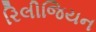
રિલીજિયન